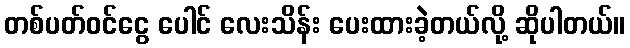
တစ်ပတ်ဝင်ငွေ ပေါင် လေးသိန်း ပေးထားခဲ့တယ်လို့ ဆိုပါတယ်။